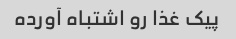
پیک غذا رو اشتباه آورده